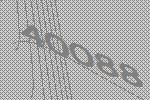
40088